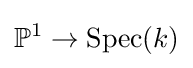
\mathbb {P} ^{1}\to \operatorname {Spec} (k)